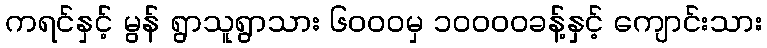
ကရင်နှင့် မွန် ရွာသူရွာသား ၆၀၀၀မှ ၁၀၀၀၀ခန့်နှင့် ကျောင်းသား